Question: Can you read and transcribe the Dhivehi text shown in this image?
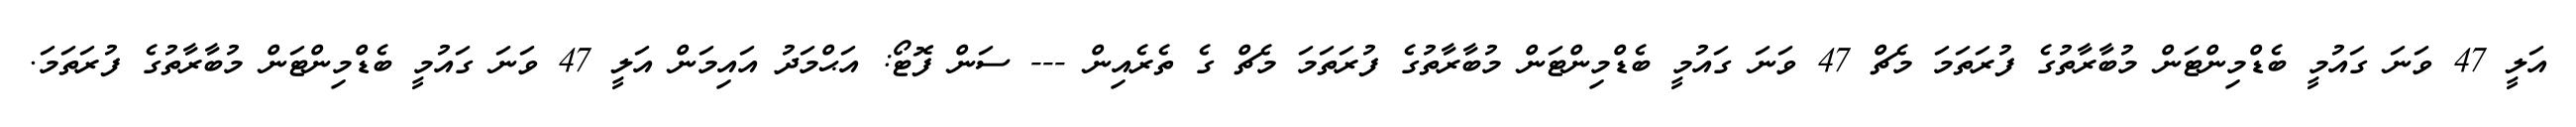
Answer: އަލީ 47 ވަނަ ގައުމީ ބެޑްމިންޓަން މުބާރާތުގެ ފުރަތަމަ މެޗް 47 ވަނަ ގައުމީ ބެޑްމިންޓަން މުބާރާތުގެ ފުރަތަމަ މެޗް ގެ ތެރެއިން --- ސަން ފޮޓޯ: އަޙްމަދު އައިމަން އަލީ 47 ވަނަ ގައުމީ ބެޑްމިންޓަން މުބާރާތުގެ ފުރަތަމަ.